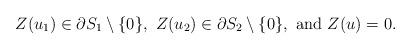
LaTeX: \begin{align*} Z(u_1)\in\partial S_1\setminus\{0\}, \ Z(u_2)\in\partial S_2\setminus\{0\},\ \hbox{and}\ Z(u)=0.\end{align*}